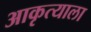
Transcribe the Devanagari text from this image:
आकृत्याला